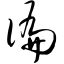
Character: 谝